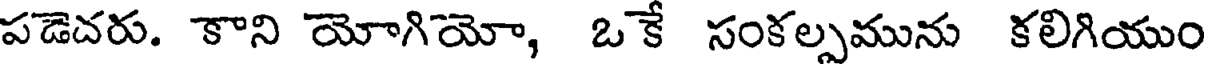
పడెదరు. కాని యోగియో, ఒకే సంకల్పమును కలిగియుం